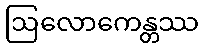
ဩလောကေန္တဿ